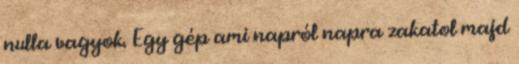
nulla vagyok. Egy gép ami napról napra zakatol majd